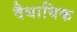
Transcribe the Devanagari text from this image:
वैधायिक